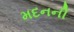
મદનની